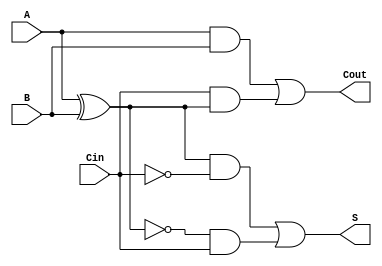
module TransmissionGateFullAdder (
    input wire A,     // First input bit
    input wire B,     // Second input bit
    input wire Cin,   // Carry-in bit
    output wire S,    // Sum output
    output wire Cout  // Carry-out output
);

    // Internal wires for intermediate calculations
    wire AB_xor;      // A XOR B
    wire A_and_B;     // A AND B
    wire Cin_and_AB;  // Cin AND (A XOR B)

    // Transmission Gate for A XOR B
    assign AB_xor = (A ^ B); // XOR operation for A and B

    // Transmission Gates for Sum (S)
    wire S1, S2; // Intermediate wires for sum calculation
    
    // XOR A and B with Cin to get S
    assign S1 = (AB_xor & ~Cin) | (~AB_xor & Cin);
    assign S = S1;

    // Transmission Gates for Carry-out (Cout)
    assign A_and_B = A & B; // A AND B
    assign Cin_and_AB = Cin & AB_xor; // Cin AND (A XOR B)

    // OR operation for Cout
    assign Cout = A_and_B | Cin_and_AB;

endmodule